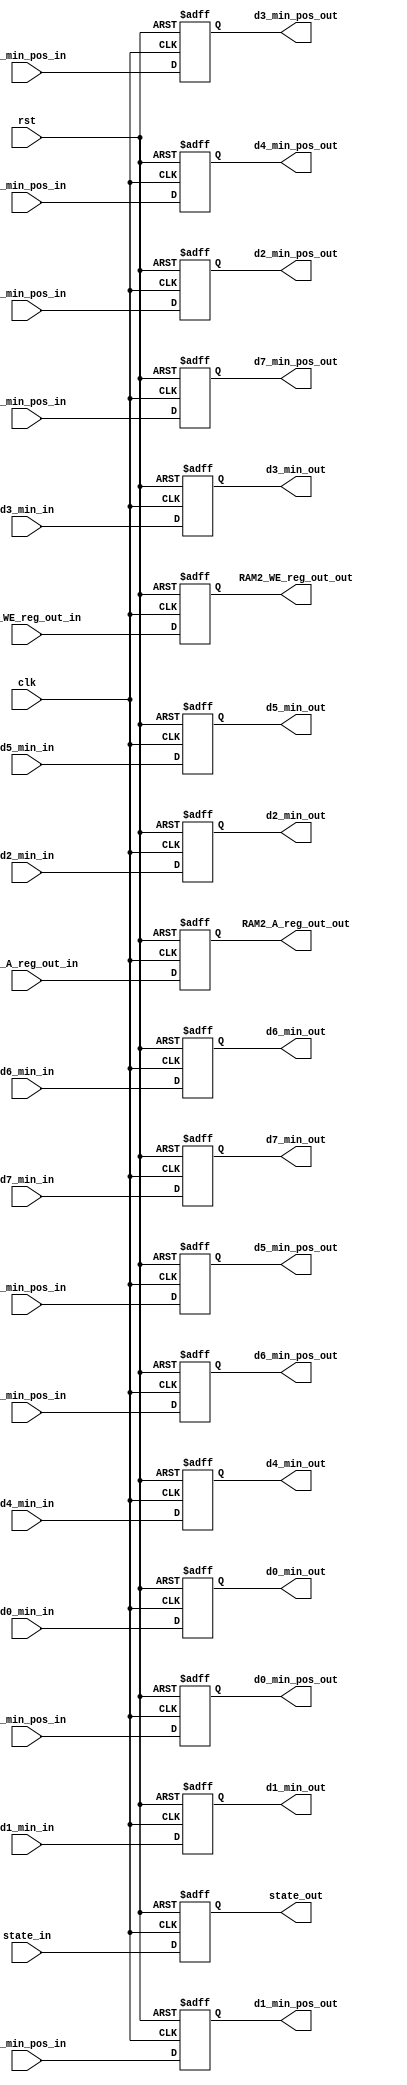
module Reg_MIN (
        clk,
        rst,
        d0_min_in,
        d1_min_in,
        d2_min_in,
        d3_min_in,
        d4_min_in,
        d5_min_in,
        d6_min_in,
        d7_min_in,
        d0_min_pos_in,
        d1_min_pos_in,
        d2_min_pos_in,
        d3_min_pos_in,
        d4_min_pos_in,
        d5_min_pos_in,
        d6_min_pos_in,
        d7_min_pos_in,
        state_in,
        RAM2_WE_reg_out_in,
        RAM2_A_reg_out_in,
        d0_min_out,
        d1_min_out,
        d2_min_out,
        d3_min_out,
        d4_min_out,
        d5_min_out,
        d6_min_out,
        d7_min_out,
        d0_min_pos_out,
        d1_min_pos_out,
        d2_min_pos_out,
        d3_min_pos_out,
        d4_min_pos_out,
        d5_min_pos_out,
        d6_min_pos_out,
        d7_min_pos_out,
        state_out,
        RAM2_WE_reg_out_out,
        RAM2_A_reg_out_out
    );

    input clk,rst;
    input [1:0]state_in;
    input RAM2_WE_reg_out_in;
    input [19:0] RAM2_A_reg_out_in;
    input [9:0] d0_min_in,d1_min_in,d2_min_in,d3_min_in,d4_min_in,d5_min_in,d6_min_in,d7_min_in;
    input [2:0] d0_min_pos_in,d1_min_pos_in,d2_min_pos_in,d3_min_pos_in,d4_min_pos_in,d5_min_pos_in,d6_min_pos_in,d7_min_pos_in;
    output reg [9:0] d0_min_out,d1_min_out,d2_min_out,d3_min_out,d4_min_out,d5_min_out,d6_min_out,d7_min_out;
    output reg [2:0] d0_min_pos_out,d1_min_pos_out,d2_min_pos_out,d3_min_pos_out,d4_min_pos_out,d5_min_pos_out,d6_min_pos_out,d7_min_pos_out;
    output reg [1:0] state_out;     
    output reg  RAM2_WE_reg_out_out;
    output reg [19:0] RAM2_A_reg_out_out;



    always @(posedge clk or posedge rst) 
    begin
        if (rst) 
        begin
            d0_min_out <= 10'b0000000000;
            d1_min_out <= 10'b0000000000;   
            d2_min_out <= 10'b0000000000;
            d3_min_out <= 10'b0000000000;
            d4_min_out <= 10'b0000000000;
            d5_min_out <= 10'b0000000000;
            d6_min_out <= 10'b0000000000;
            d7_min_out <= 10'b0000000000;

            d0_min_pos_out <= 3'b000;
            d1_min_pos_out <= 3'b000;   
            d2_min_pos_out <= 3'b000;
            d3_min_pos_out <= 3'b000;
            d4_min_pos_out <= 3'b000;
            d5_min_pos_out <= 3'b000;
            d6_min_pos_out <= 3'b000;
            d7_min_pos_out <= 3'b000;

            state_out <= 2'b00;
            RAM2_WE_reg_out_out <=1'b0;
            RAM2_A_reg_out_out <=20'h00000;
        end
        else
        begin
            d0_min_out <= d0_min_in;
            d1_min_out <= d1_min_in;   
            d2_min_out <= d2_min_in;
            d3_min_out <= d3_min_in;
            d4_min_out <= d4_min_in;
            d5_min_out <= d5_min_in;
            d6_min_out <= d6_min_in;
            d7_min_out <= d7_min_in;

            d0_min_pos_out <= d0_min_pos_in;
            d1_min_pos_out <= d1_min_pos_in;   
            d2_min_pos_out <= d2_min_pos_in;
            d3_min_pos_out <= d3_min_pos_in;
            d4_min_pos_out <= d4_min_pos_in;
            d5_min_pos_out <= d5_min_pos_in;
            d6_min_pos_out <= d6_min_pos_in;
            d7_min_pos_out <= d7_min_pos_in;

            state_out<= state_in;
            RAM2_WE_reg_out_out <=RAM2_WE_reg_out_in;
            RAM2_A_reg_out_out <=RAM2_A_reg_out_in;
        end    
    end


endmodule